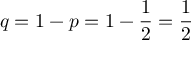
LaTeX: q = 1 - p = 1 - { \frac { 1 } { 2 } } = { \frac { 1 } { 2 } }